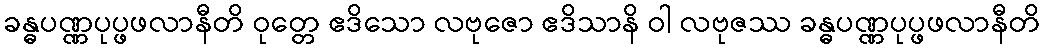
ခန္ဓပဏ္ဏပုပ္ဖဖလာနီတိ ဝုတ္တေ ဧဒိသော လဗုဇော ဧဒိသာနိ ဝါ လဗုဇဿ ခန္ဓပဏ္ဏပုပ္ဖဖလာနီတိ